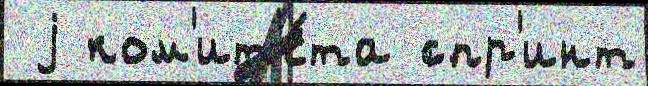
 j ком'ит'е́та спр'инт